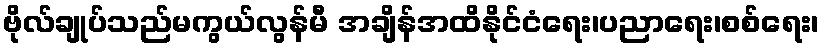
ဗိုလ်ချုပ်သည်မကွယ်လွန်မီ အချိန်အထိနိုင်ငံရေး၊ပညာရေး၊စစ်ရေး၊